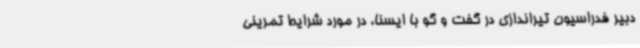
دبیر فدراسیون تیراندازی در گفت و گو با ایسنا، در مورد شرایط تمرینی